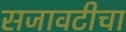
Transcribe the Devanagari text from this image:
सजावटीचा